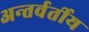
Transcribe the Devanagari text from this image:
अन्‍तर्वर्तीय